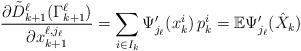
LaTeX: \begin{align*} \frac{\partial \tilde D_{k+1}^{\ell}(\Gamma_{k+1}^{\ell}) }{\partial x_{k+1}^{\ell,j_{\ell}}} = \sum_{i \in I_k} \Psi_{j_{\ell}}' (x_k^{i}) \, p_k^i = \mathbb E \Psi_{j_{\ell}}' (\hat X_k) \end{align*}